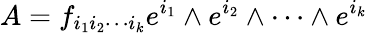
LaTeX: A=f_{i_{1}i_{2}\cdots i_{k}}e^{i_{1}}\wedge e^{i_{2}}\wedge\cdots\wedge e^{i_{k}}